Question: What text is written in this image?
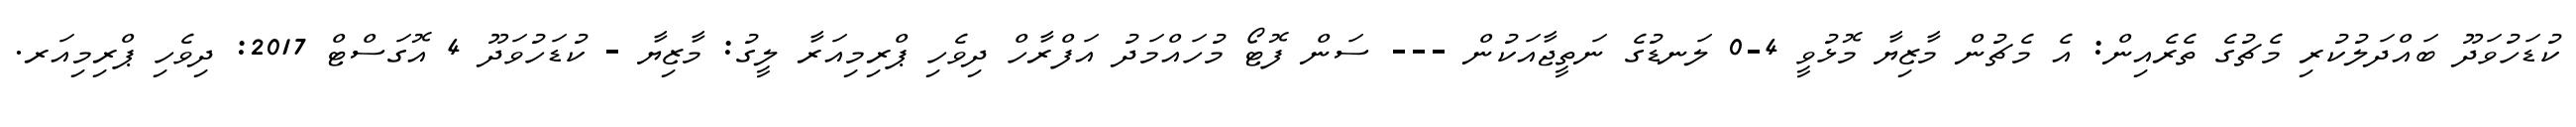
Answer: ކުޑަހުވަދޫ ބައްދަލުކުރި މެޗުގެ ތެރެއިން: އެ މެޗުން މާޒިޔާ މޮޅުވީ 4-0 ލަނޑުގެ ނަތީޖާއަކުން --- ސަން ފޮޓޯ މުހައްމަދު އަފްރާހް ދިވެހި ޕްރިމިއަރާ ލީގު: މާޒިޔާ - ކުޑަހުވަދޫ 4 އޮގަސްޓް 2017: ދިވެހި ޕްރިމިއަރ.